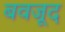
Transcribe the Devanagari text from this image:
बवजूद